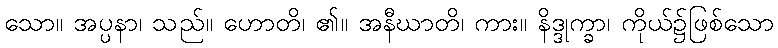
သော။ အပ္ပနာ၊ သည်။ ဟောတိ၊ ၏။ အနီဃာတိ၊ ကား။ နိဒ္ဒုက္ခာ၊ ကိုယ်၌ဖြစ်သော